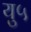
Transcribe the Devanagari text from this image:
यु५